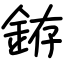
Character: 銌